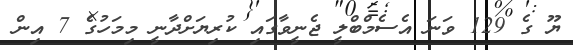
ޔޫ ގެ 129 ވަނަ އެސެމްބްލީ ޖެނީވާގައި ކުރިޔަށްދާނީ މިމަހުގެ 7 އިން